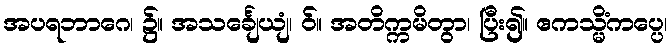
အပရဘာဂေ၊ ၌။ အသင်္ချေယျံ၊ ဝ်။ အတိက္ကမိတွာ၊ ပြီး၍။ ဧကသ္မိံကပ္ပေ၊